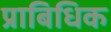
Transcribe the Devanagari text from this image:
प्राबिधिक